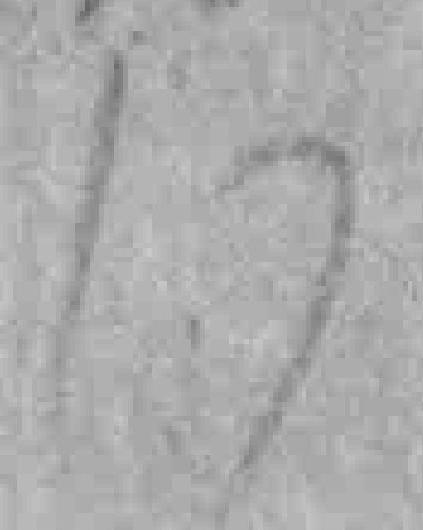
17